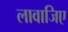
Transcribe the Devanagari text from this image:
लावाजिए